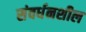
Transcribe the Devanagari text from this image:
संवर्धनशील